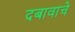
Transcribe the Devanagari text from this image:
दबावाचे